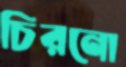
চিরনো